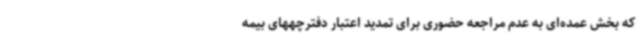
که بخش عمده‌ای به عدم مراجعه حضوری برای تمدید اعتبار دفترچههای بیمه